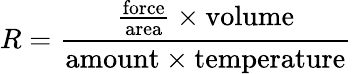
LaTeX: R={\frac{{\frac{\mathrm{force}}{\mathrm{area}}}\times\mathrm{volume}}{\mathrm{amount}\times\mathrm{temperature}}}